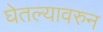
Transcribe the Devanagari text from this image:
घेतल्यावरुन